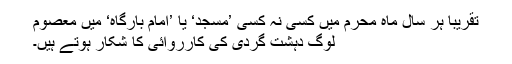
تقریباً ہر سال ماہ محرم میں کسی نہ کسی ’مسجد‘ یا ’امام بارگاہ‘ میں معصوم
لوگ دہشت گردی کی کارروائی کا شکار ہوتے ہیں۔